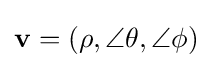
\mathbf {v} =(\rho ,\angle \theta ,\angle \phi )